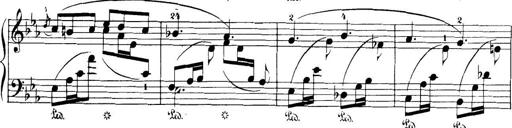
Title: 32 Sonatinas and Rondos for the Piano
Composer: Richard Kleinmichel